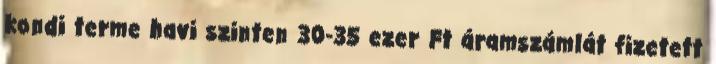
kondi terme havi szinten 30-35 ezer Ft áramszámlát fizetett